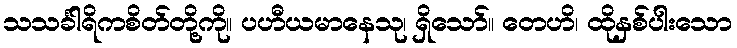
သသင်္ခါရိကစိတ်တို့ကို။ ပဟီယမာနေသု၊ ရှိသော်။ တေဟိ၊ ထိုနှစ်ပါးသော